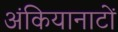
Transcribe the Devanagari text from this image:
अंकियानाटों